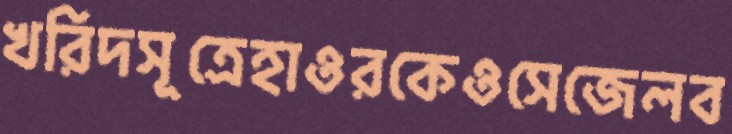
খরিদসূত্রেহাওরকেওসেজেলব